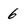
Character: 6